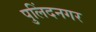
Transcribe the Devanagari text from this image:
पुलिंदनगर